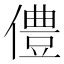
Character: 僼